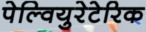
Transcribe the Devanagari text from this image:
पेल्वियुरेटेरिक